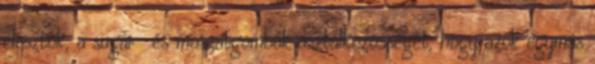
élesztők, a sugár- és moszatgombák asztalközösségét, hogy azok egymás